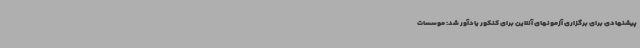
پیشنهادی برای برگزاری آزمونهای آنلاین برای کنکور یادآور شد: موسسات